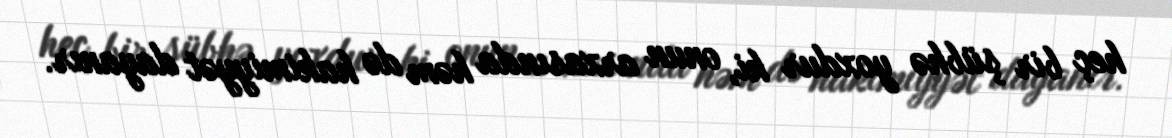
heç bir şübhə yoxdur ki, onun arxasında həm də hakimiyyət dayanır.